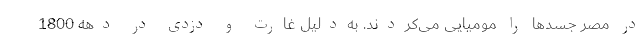
در مصر جسدها را مومیایی می‌کردند. به‌دلیل غارت و دزدی در دهه 1800